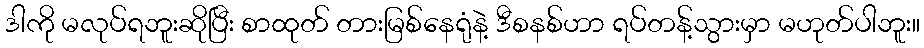
ဒါကို မလုပ်ရဘူးဆိုပြီး စာထုတ် တားမြစ်နေရုံနဲ့ ဒီစနစ်ဟာ ရပ်တန့်သွားမှာ မဟုတ်ပါဘူး။